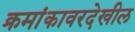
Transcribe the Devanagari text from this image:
क्रमांकावरदेखील